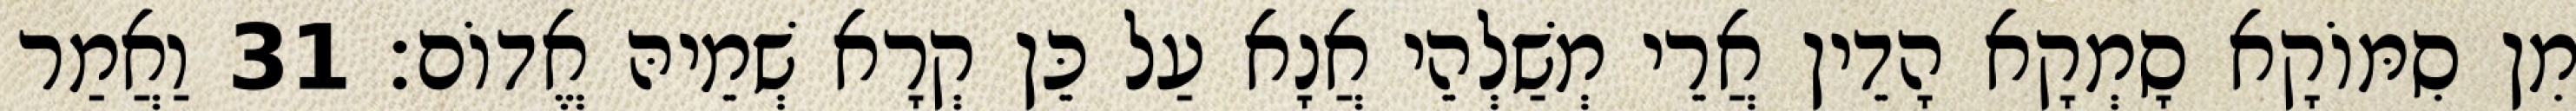
מִן סִמּוֹקָא סָמְקָא הָדֵין אֲרֵי מְשַׁלְהֵי אֲנָא עַל כֵּן קְרָא שְׁמֵיהּ אֱדוֹם׃ 31 וַאֲמַר